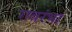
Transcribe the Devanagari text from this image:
रावरंभा